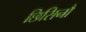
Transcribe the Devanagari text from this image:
छिसिनौ